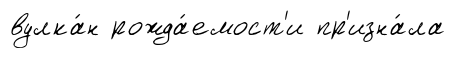
вулка́н рожда́емост'и пр'изна́ла